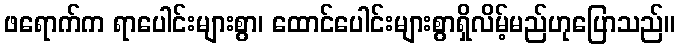
ဖရောက်က ရာပေါင်းများစွာ၊ ထောင်ပေါင်းများစွာရှိလိမ့်မည်ဟုပြောသည်။